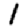
Digit: 1